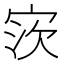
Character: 𫳎